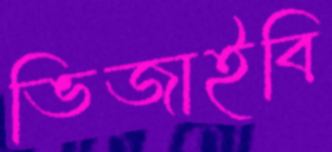
ভিজাইবি